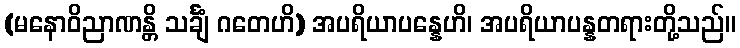
(မနောဝိညာဏန္တိ သင်္ချံ ဂတေဟိ) အပရိယာပန္နေဟိ၊ အပရိယာပန္နတရားတို့သည်။